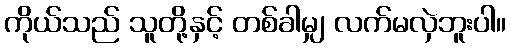
ကိုယ်သည် သူတို့နှင့် တစ်ခါမျှ လက်မလှဲဘူးပါ။